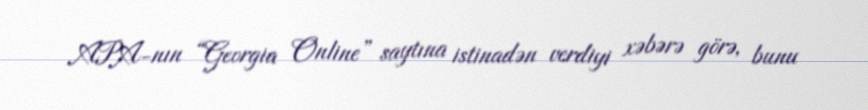
APA-nın “Georgia Online” saytına istinadən verdiyi xəbərə görə, bunu